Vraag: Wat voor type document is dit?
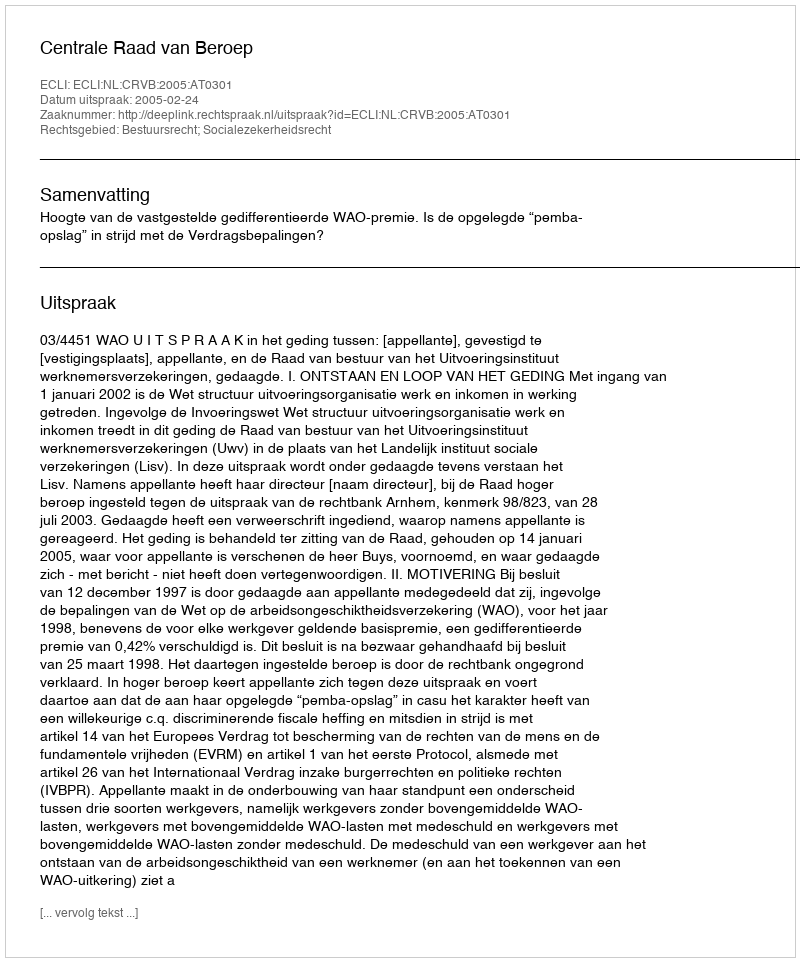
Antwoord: Uitspraak